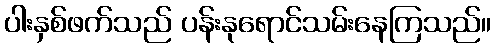
ပါးနှစ်ဖက်သည် ပန်းနုရောင်သမ်းနေကြသည်။